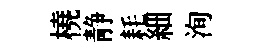
橈静耗細洵